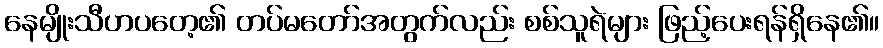
နေမျိုးသီဟပတေ့၏ တပ်မတော်အတွက်လည်း စစ်သူရဲများ ဖြည့်ပေးရန်ရှိနေ၏။